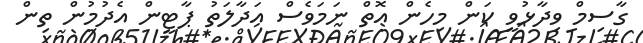
ގާސިމް ވިދާޅުވީ ކަން މިހެން އޮތް ނަމަވެސް އަދާލަތު ޕާޓީން އެދުމުން ތިން